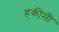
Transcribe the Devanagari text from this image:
हकी़मी